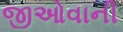
જીઓવાની